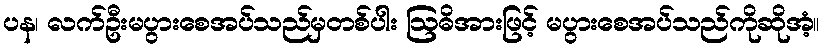
ပန၊ လက်ဦးမပွားစေအပ်သည်မှတစ်ပါး ဩဓိအားဖြင့် မပွားစေအပ်သည်ကိုဆိုအံ့။